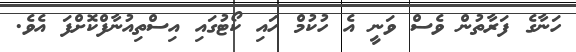
ހަނާގެ ފަރާތުން ވެސް ވަނީ އެ ހުކުމް ހައި ކޯޓުގައި އިސްތިއުނާފްކޮށްފަ އެވެ.